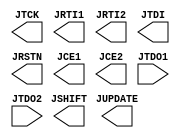
//   ==================================================================
//   >>>>>>>>>>>>>>>>>>>>>>> COPYRIGHT NOTICE <<<<<<<<<<<<<<<<<<<<<<<<<
//   ------------------------------------------------------------------
//   Copyright (c) 2006-2011 by Lattice Semiconductor Corporation
//   ALL RIGHTS RESERVED 
//   ------------------------------------------------------------------
//
//   IMPORTANT: THIS FILE IS AUTO-GENERATED BY THE LATTICEMICO SYSTEM.
//
//   Permission:
//
//      Lattice Semiconductor grants permission to use this code
//      pursuant to the terms of the Lattice Semiconductor Corporation
//      Open Source License Agreement.  
//
//   Disclaimer:
//
//      Lattice Semiconductor provides no warranty regarding the use or
//      functionality of this code. It is the user's responsibility to
//      verify the users design for consistency and functionality through
//      the use of formal verification methods.
//
//   --------------------------------------------------------------------
//
//                  Lattice Semiconductor Corporation
//                  5555 NE Moore Court
//                  Hillsboro, OR 97214
//                  U.S.A
//
//                  TEL: 1-800-Lattice (USA and Canada)
//                         503-286-8001 (other locations)
//
//                  web: http://www.latticesemi.com/
//
//   --------------------------------------------------------------------
//                         FILE DETAILS
// Project          : LatticeMico32
// Title            : JTAGB Black Box
// Dependencies     : None
// Version          : 6.0.14
//                  : Initial Release
// Version          : 7.0SP2, 3.0
//                  : No Change
// Version          : 3.1
//                  : No Change
// =============================================================================
module JTAGB (
         output JTCK,
         output JRTI1,
         output JRTI2,
         output JTDI,
         output JSHIFT,
         output JUPDATE,
         output JRSTN,
         output JCE1,
         output JCE2,
         input JTDO1,
         input JTDO2
      ) /*synthesis syn_black_box */; 
      
endmodule